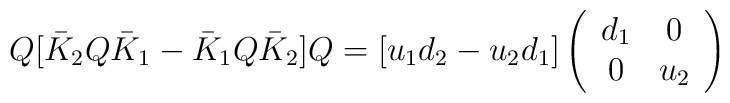
Q[\bar{K}_2 Q \bar{K}_1 - \bar{K}_1 Q \bar{K}_2]Q= [u_1 d_2-u_2 d_1] \left( \begin{array}{cc}d_1  & 0  \\0  & u_2\end{array}  \right)